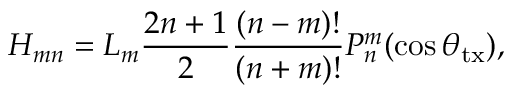
H _ { m n } = L _ { m } \frac { { 2 n + 1 } } { 2 } \frac { { ( n - m ) ! } } { { ( n + m ) ! } } P _ { n } ^ { m } ( \cos \theta _ { \mathrm { t x } } ) ,